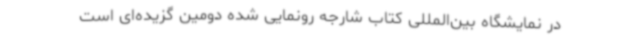
در نمایشگاه بین‌المللی کتاب شارجه رونمایی شده دومین گزیده‌ای‌ است